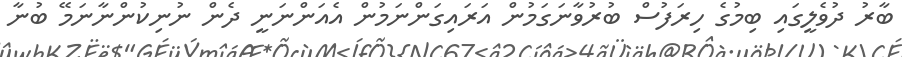
ބާރު ދުވެލީގައި ބިމުގެ ހިރަފުސް ބުރުވާނަގަމުން އަރައިގަންނަމުން އެއަންނަނީ ދެން ނުނިކުންނާނަމޭ ބުނާ